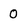
Character: 0